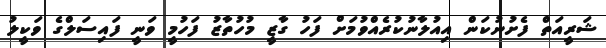
ޝަރީއަތް ފެށުނުކަން އިއުލާނުކުރެއްވުމަށް ފަހު ގާޒީ މުހުތާޒު ފަހުމީ ވަނީ ފައިސަލްގެ ވަކީލު